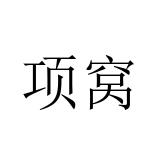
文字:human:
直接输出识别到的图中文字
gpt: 项窝